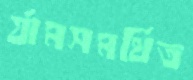
র‍্যামসমর্থিত